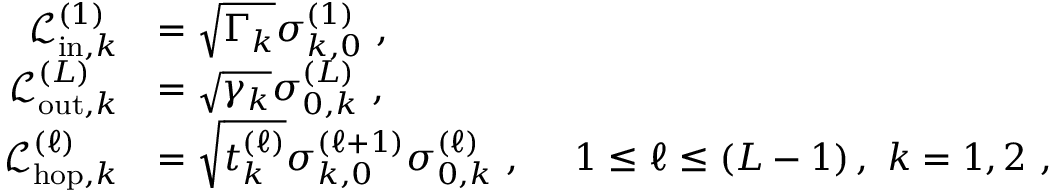
\begin{array} { r l } { \mathcal { L } _ { \mathrm { i n } , k } ^ { ( 1 ) } } & { = \sqrt { \Gamma _ { k } } \sigma _ { k , 0 } ^ { ( 1 ) } \, \, , } \\ { \mathcal { L } _ { \mathrm { o u t } , k } ^ { ( L ) } } & { = \sqrt { \gamma _ { k } } \sigma _ { 0 , k } ^ { ( L ) } \, \, , } \\ { \mathcal { L } _ { \mathrm { h o p } , k } ^ { ( \ell ) } } & { = \sqrt { t _ { k } ^ { ( \ell ) } } \sigma _ { k , 0 } ^ { ( \ell + 1 ) } \sigma _ { 0 , k } ^ { ( \ell ) } \, \, , \ \ \ \ 1 \le \ell \le \left( L - 1 \right) , \, \, k = 1 , 2 \, \, , } \end{array}